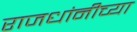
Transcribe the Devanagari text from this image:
राजधांनीच्या